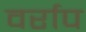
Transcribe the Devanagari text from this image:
वर्राप